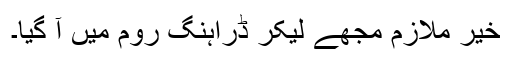
خیر ملازم مجھے لیکر ڈراہنگ روم میں آ گیا۔